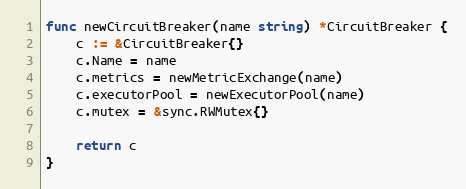
Language: Go
func newCircuitBreaker(name string) *CircuitBreaker {
	c := &CircuitBreaker{}
	c.Name = name
	c.metrics = newMetricExchange(name)
	c.executorPool = newExecutorPool(name)
	c.mutex = &sync.RWMutex{}

	return c
}